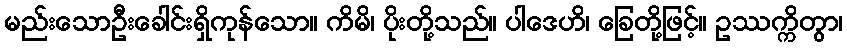
မည်းသောဦးခေါင်းရှိကုန်သော။ ကိမိ၊ ပိုးတို့သည်။ ပါဒေဟိ၊ ခြေတို့ဖြင့်။ ဥဿက္ကိတွာ၊